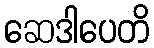
ဆေဒါပေတိ